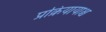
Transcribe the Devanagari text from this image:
प्रक्रियायाश्च